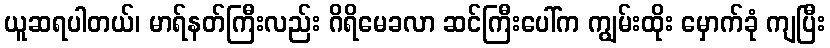
ယူဆရပါတယ်၊ မာရ်နတ်ကြီးလည်း ဂိရိမေခလာ ဆင်ကြီးပေါ်က ကျွမ်းထိုး မှောက်ခုံ ကျပြီး